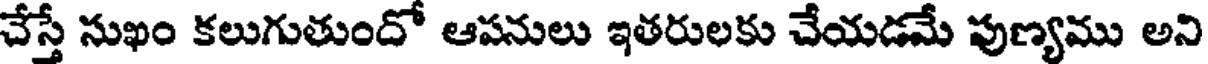
చేస్తే సుఖం కలుగుతుందో ఆపనులు ఇతరులకు చేయడమే పుణ్యము అని